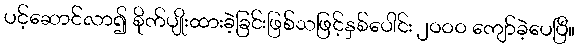
ပင့်ဆောင်လာ၍ စိုက်ပျိုးထားခဲ့ခြင်းဖြစ်သဖြင့်နှစ်ပေါင်း ၂ဝဝဝ ကျော်ခဲ့ပေပြီ။